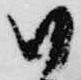
御